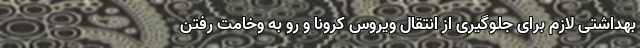
بهداشتی لازم برای جلوگیری از انتقال ویروس کرونا و رو به وخامت رفتن